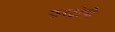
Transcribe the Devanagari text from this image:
फरटोपी